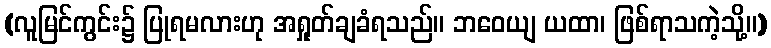
(လူမြင်ကွင်း၌ ပြုရမလားဟု အရှုတ်ချခံရသည်။ ဘဝေယျ ယထာ၊ ဖြစ်ရာသကဲ့သို့။)